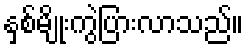
နှစ်မျိုးကွဲပြားလာသည်။